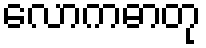
လောကဓာတု